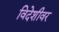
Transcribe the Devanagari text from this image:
विदेशीवर